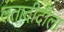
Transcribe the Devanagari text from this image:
लतादीदीला